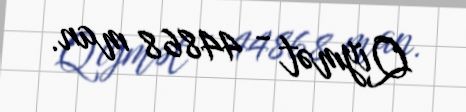
Qiymət - 44868 man.